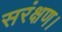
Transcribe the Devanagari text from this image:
सरंक्षण।